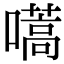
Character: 嚆